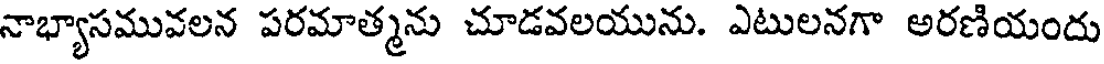
నాభ్యాసమువలన పరమాత్మను చూడవలయును. ఎటులనగా అరణియందు